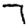
Digit: 7